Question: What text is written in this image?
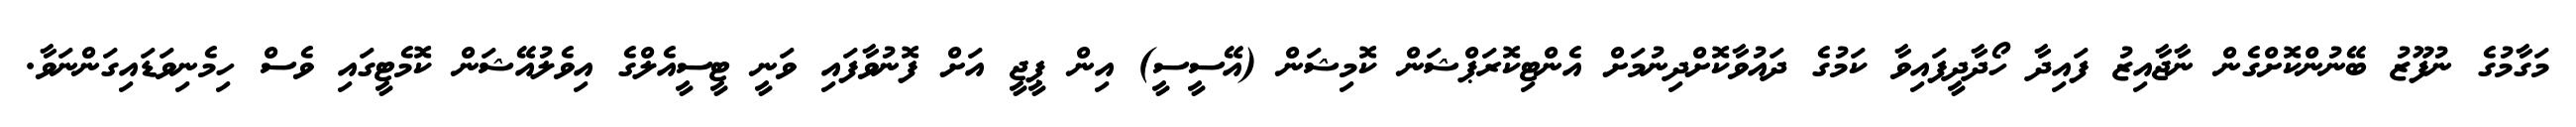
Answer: މަގާމުގެ ނުފޫޒު ބޭނުންކޮށްގެން ނާޖާއިޒު ފައިދާ ހޯދާދީފައިވާ ކަމުގެ ދައުވާކޮށްދިނުމަށް އެންޓިކޮރަޕްޝަން ކޮމިޝަން (އޭސީސީ) އިން ޕީޖީ އަށް ފޮނުވާފައި ވަނީ ޓީސީއެލްގެ އިވެލުއޭޝަން ކޮމެޓީގައި ވެސް ހިމެނިވަޑައިގަންނަވާ.